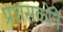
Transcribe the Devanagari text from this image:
प्रशंसकोंने